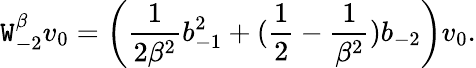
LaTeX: \mathtt{W}_{-2}^{\beta}v_{0}=\left(\frac{{1}}{{2\beta^{2}}}b_{-1}^{2}+(\frac{{1}}{{2}}-\frac{{1}}{{\beta^{2}}})b_{-2}\right)v_{0}.